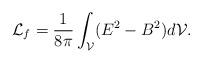
LaTeX: \begin{align*}{\cal L}_f=\frac{1}{8\pi}\int_{\cal V}(E^2-B^2)d{\cal V}.\end{align*}